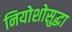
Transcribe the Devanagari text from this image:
नियोशोसुद्धा